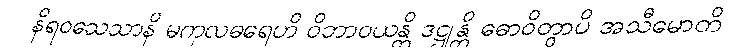
နိရဝသေသာနိ မကုလဓရေဟိ ဝိဘာဝယန္တိ ဒဋ္ဌုန္တိ ဓောဝိတွာပိ အသီမောတိ